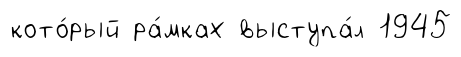
кото́рый ра́мках выступа́л 1945